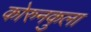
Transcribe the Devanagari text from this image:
कोरुनकुला